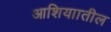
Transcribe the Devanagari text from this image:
आशियाातील